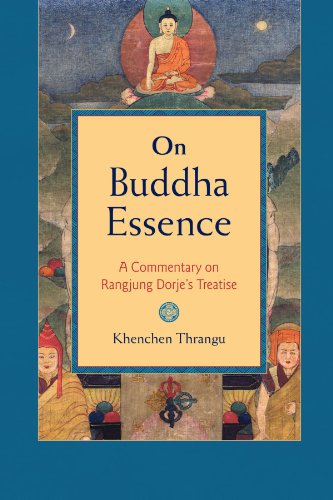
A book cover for On Buddha Essence: A Commentary on Ranjung Dorje's Treatise; Khenchen Thrangu; Religion & Spirituality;